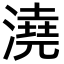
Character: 澆